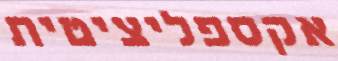
אקספליציטית